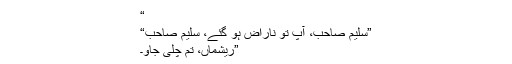
“
”سلیم صاحب، آپ تو ناراض ہو گئے، سلیم صاحب“
”ریشماں، تم چلی جاؤ۔